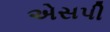
એસપી